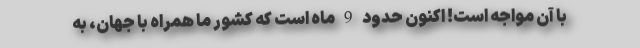
با آن مواجه است! اکنون حدود 9 ماه است که کشور ما همراه با جهان، به